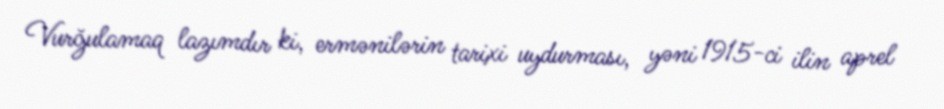
Vurğulamaq lazımdır ki, ermənilərin tarixi uydurması, yəni 1915-ci ilin aprel